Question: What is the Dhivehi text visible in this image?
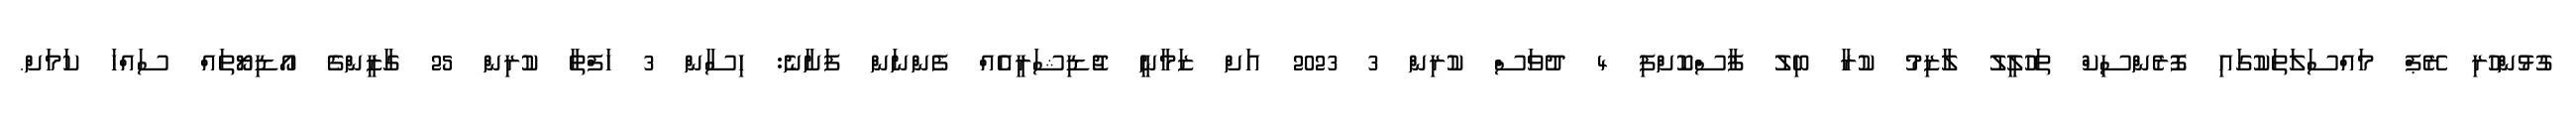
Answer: ގުޅުންހުރި ރޭޕް މައްސަލަތަކުގައި ފޮރެންސިކް ތަހުލީލު ލާޒިމު ކުރާ ބިލު ފާސްކޮށްފި 4 ދުވަސް ކުރިން 3 2023 އަށް ޒަމާނީ ޖުޑިޝަރީއެއް ފެންނަން ފަށާނެ: ހިސާން 3 ހަފްތާ ކުރިން 25 ގާޒީންގެ އޯޑިޔޯތައް ސައްހަ ކަމަށް.